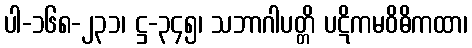
ပါ-၁၆၈-၂၃၁၊ ဋ္ဌ-၃၄၅၊ သဘာဂါပတ္တိ ပဋိကမဝိဓိကထာ၊